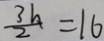
\frac { 3 h } { 2 } = 1 6